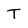
Character: T